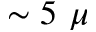
\sim 5 ~ \mu